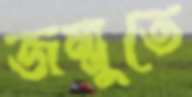
জম্মুতে